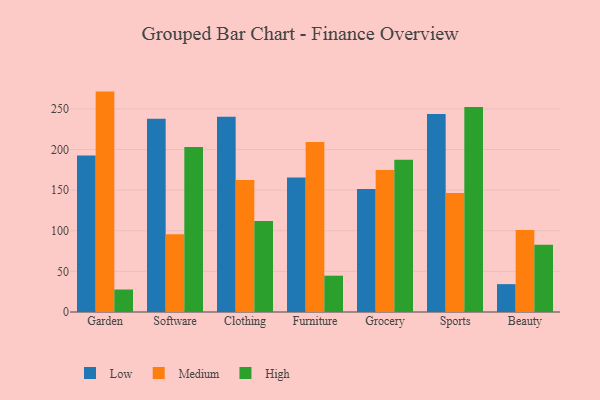
{"axis": {"x": "Category", "y": "Temperature (°C)"}, "legend": ["High", "Low", "Medium"], "data": [{"x": "Garden", "y": 192.5, "type": "Low"}, {"x": "Garden", "y": 271.3, "type": "Medium"}, {"x": "Garden", "y": 27.7, "type": "High"}, {"x": "Software", "y": 238.0, "type": "Low"}, {"x": "Software", "y": 95.7, "type": "Medium"}, {"x": "Software", "y": 203.0, "type": "High"}, {"x": "Clothing", "y": 240.2, "type": "Low"}, {"x": "Clothing", "y": 162.4, "type": "Medium"}, {"x": "Clothing", "y": 112.1, "type": "High"}, {"x": "Furniture", "y": 165.6, "type": "Low"}, {"x": "Furniture", "y": 209.2, "type": "Medium"}, {"x": "Furniture", "y": 44.7, "type": "High"}, {"x": "Grocery", "y": 151.3, "type": "Low"}, {"x": "Grocery", "y": 174.7, "type": "Medium"}, {"x": "Grocery", "y": 187.3, "type": "High"}, {"x": "Sports", "y": 243.6, "type": "Low"}, {"x": "Sports", "y": 146.6, "type": "Medium"}, {"x": "Sports", "y": 252.3, "type": "High"}, {"x": "Beauty", "y": 34.3, "type": "Low"}, {"x": "Beauty", "y": 100.8, "type": "Medium"}, {"x": "Beauty", "y": 82.9, "type": "High"}]}